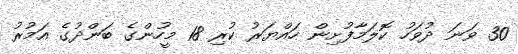
30 ވަނަ ދުވަހު ކޮލަމާފުށިން ހައްޔަރު ކުރި 18 މީހުންގެ ބަންދުގެ އަމުރު